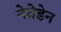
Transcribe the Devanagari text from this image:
नेवेडेन